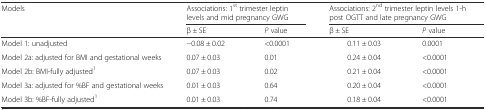
<table><thead><tr><td rowspan="2"><b>Models</b></td><td colspan="2"><b>Associations: 1<sup>st</sup> trimester leptin levels and mid pregnancy GWG</b></td><td colspan="2"><b>Associations: 2<sup>nd</sup> trimester leptin levels 1-h post OGTT and late pregnancy GWG</b></td></tr><tr><td><b>β ± SE</b></td><td><b><i>P</i> value</b></td><td><b>β ± SE</b></td><td><b><i>P</i> value</b></td></tr></thead><tbody><tr><td>Model 1: unadjusted</td><td>−0.08 ± 0.02</td><td>&lt;0.0001</td><td>0.11 ± 0.03</td><td>0.0001</td></tr><tr><td>Model 2a: adjusted for BMI and gestational weeks</td><td>0.07 ± 0.03</td><td>0.01</td><td>0.24 ± 0.04</td><td>&lt;0.0001</td></tr><tr><td>Model 2b: BMI-fully adjusted<sup>1</sup></td><td>0.07 ± 0.03</td><td>0.02</td><td>0.21 ± 0.04</td><td>&lt;0.0001</td></tr><tr><td>Model 3a: adjusted for %BF and gestational weeks</td><td>0.01 ± 0.03</td><td>0.64</td><td>0.20 ± 0.04</td><td>&lt;0.0001</td></tr><tr><td>Model 3b: %BF-fully adjusted<sup>1</sup></td><td>0.01 ± 0.03</td><td>0.74</td><td>0.18 ± 0.04</td><td>&lt;0.0001</td></tr></tbody></table>